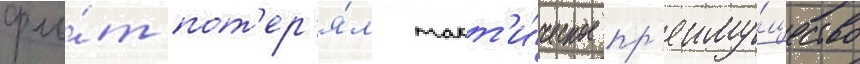
фло́т пот'ер'я́л такт'и́ческое пр'еиму́щество